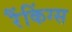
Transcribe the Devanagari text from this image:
रैंकिंग्स